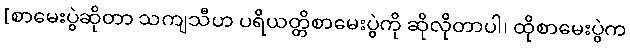
[စာမေးပွဲဆိုတာ သကျသီဟ ပရိယတ္တိစာမေးပွဲကို ဆိုလိုတာပါ၊ ထိုစာမေးပွဲက